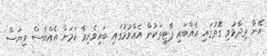
އޭނާ ވިދާޅުވި ގޮތުގައި އެއްބައި ޕާޓީތަކުން އެއްވުމުގައި ބައިވެރިވާ ކަމަށް އެއްބެސް ވިޔަސް